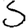
Digit: 3